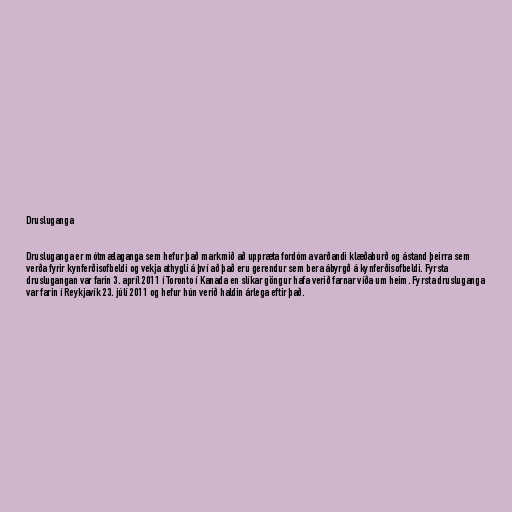
Drusluganga

Drusluganga er mótmælaganga sem hefur það markmið að uppræta fordóma varðandi klæðaburð og ástand þeirra sem
verða fyrir kynferðisofbeldi og vekja athygli á því að það eru gerendur sem bera ábyrgð á kynferðisofbeldi. Fyrsta
druslugangan var farin 3. apríl 2011 í Toronto í Kanada en slíkar göngur hafa verið farnar víða um heim. Fyrsta drusluganga
var farin í Reykjavík 23. júlí 2011 og hefur hún verið haldin árlega eftir það.